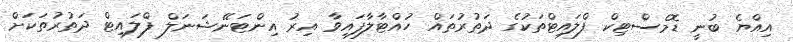
އިއްޔެ ބުނީ ޑޮމެސްޓިކް ފްލައިޓްތަކުގެ ދަތުރުތައް ހުއްޓާލާފައިވާ އިރު އިންޓަނޭޝަނަލް ފްލައިޓް ދަތުރުތަކަށް